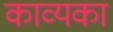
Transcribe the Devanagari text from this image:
काव्यका